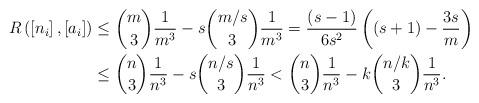
LaTeX: \begin{align*}R\left( \left[ n_{i}\right] ,\left[ a_{i}\right] \right) & \leq\binom{m}{3}\frac{1}{m^{3}}-s\binom{m/s}{3}\frac{1}{m^{3}}=\frac{\left(s-1\right) }{6s^{2}}\left( \left( s+1\right) -\frac{3s}{m}\right) \\& \leq\binom{n}{3}\frac{1}{n^{3}}-s\binom{n/s}{3}\frac{1}{n^{3}}<\binom{n}{3}\frac{1}{n^{3}}-k\binom{n/k}{3}\frac{1}{n^{3}}.\end{align*}